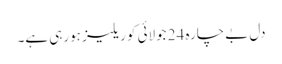
دل بے چارہ 24 جولائی کو ریلیز ہورہی ہے۔